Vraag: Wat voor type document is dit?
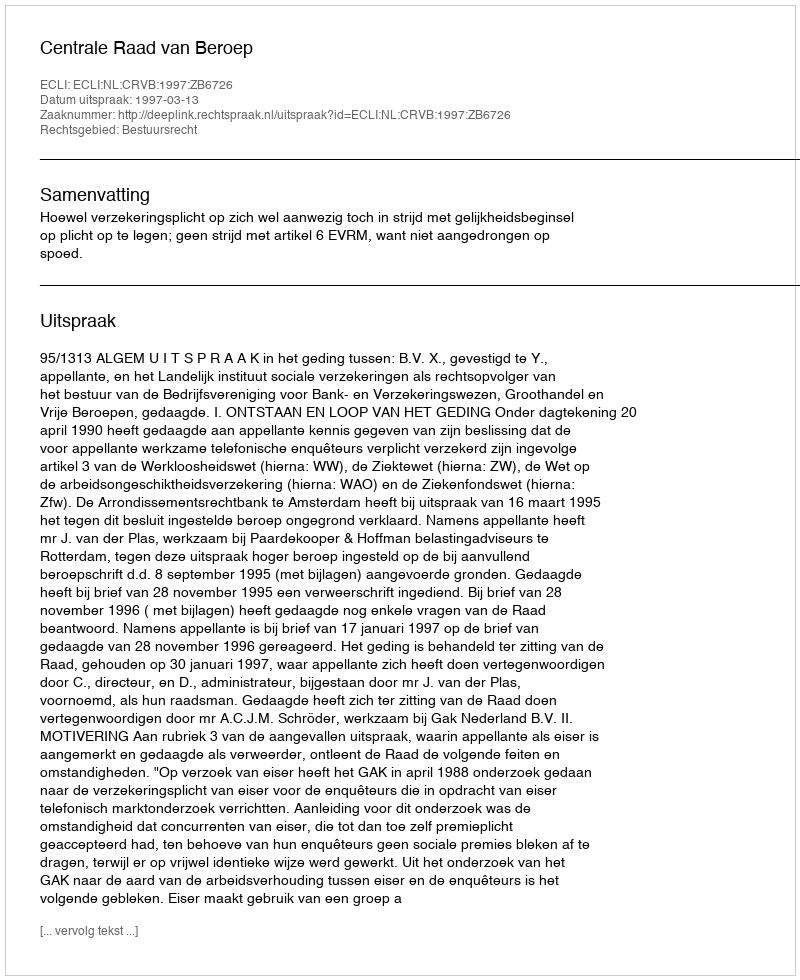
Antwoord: Uitspraak